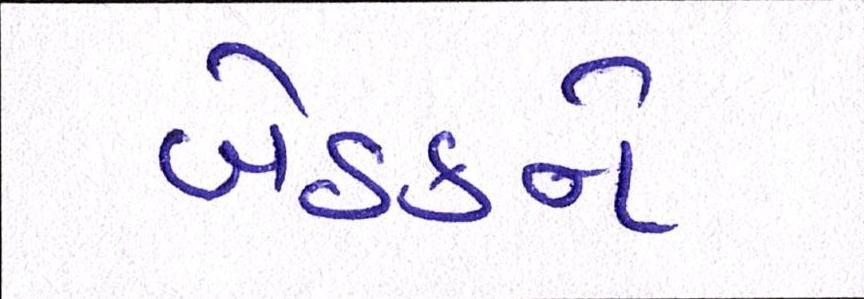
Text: બેઠકને